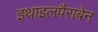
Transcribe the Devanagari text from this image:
इथाइलपैराबेन